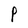
Character: P